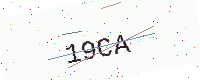
Text: 19CA